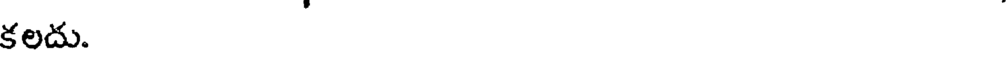
కలదు.